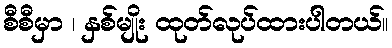
စီစီမှာ ၊ နှစ်မျိုး ထုတ်လုပ်ထားပါတယ်။